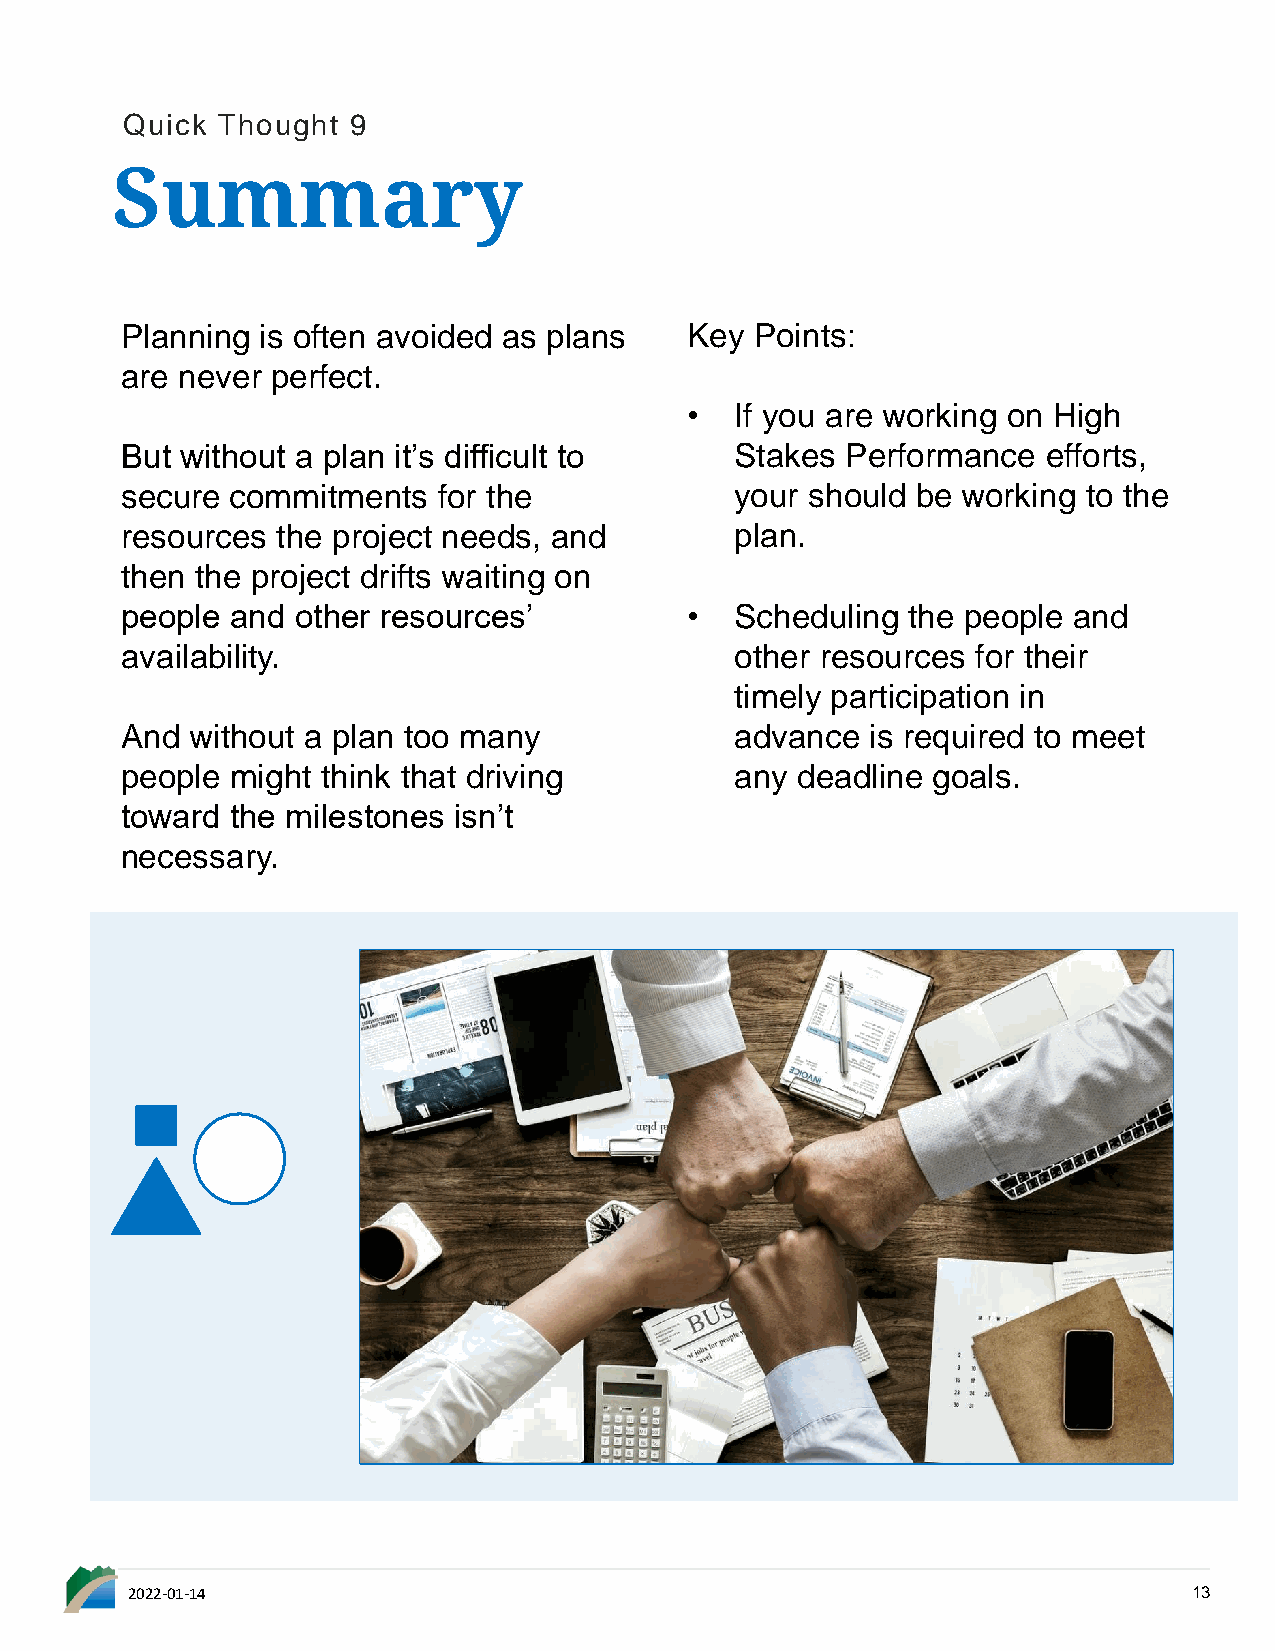
Quick Thought  9
 Summary
 Planning is often avoided as plans   Key  Points:
 are never perfect.
 •   If you are working on High
 But without a plan it’s difficult to     Stakes Performance  efforts,
 secure commitments   for the             your should be working to the
 resources the project needs, and         plan.
 then the project drifts waiting on
 people and  other resources’         •   Scheduling the people and
 availability.                            other resources for their
 timely participation in
 And  without a plan too many             advance  is required to meet
 people might think that driving          any deadline goals.
 toward the milestones isn’t
 necessary.
 2022-01-14                                                             13